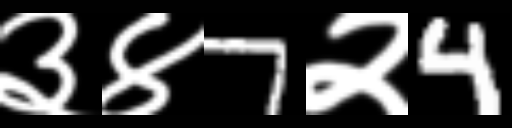
Text: ३४7२4